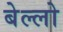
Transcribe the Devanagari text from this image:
बेल्लो